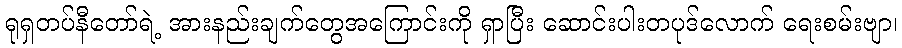
ရုရှတပ်နီတော်ရဲ့ အားနည်းချက်တွေအကြောင်းကို ရှာပြီး ဆောင်းပါးတပုဒ်လောက် ရေးစမ်းဗျာ၊